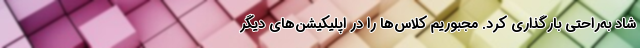
شاد به‌راحتی بارگذاری کرد. مجبوریم کلاس‌ها را در اپلیکیشن‌های دیگر